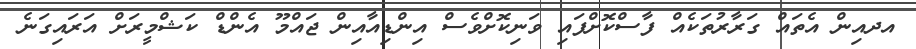
އދއިން އެތައް ގަރާރުތަކެއް ފާސްކޮށްފައި ވަނިކޮށްވެސް އިންޑިއާއިން ޖައްމޫ އެންޑް ކަޝްމީރަށް އަރައިގަނެ